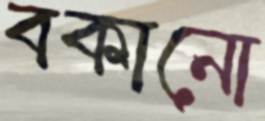
বকানো